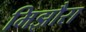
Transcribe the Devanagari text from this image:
मिझौरा